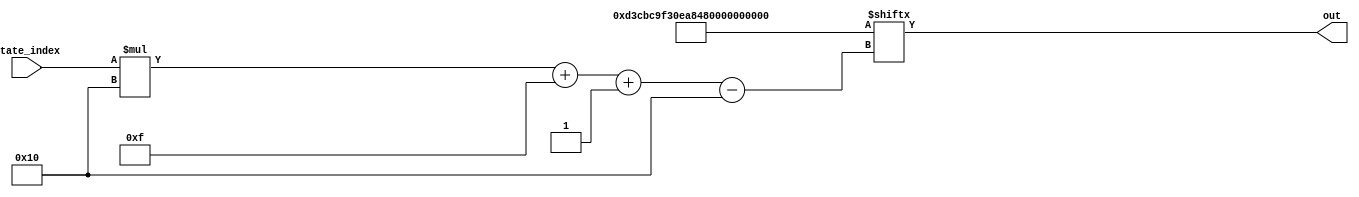
/*
   This file was generated automatically by Alchitry Labs version 1.2.7.
   Do not edit this file directly. Instead edit the original Lucid source.
   This is a temporary file and any changes made to it will be destroyed.
*/

module initial_board_states_9 (
    input [15:0] state_index,
    output reg [15:0] out
  );
  
  
  
  localparam BOARD_STATES = 96'hd3cbc9f30ea84befc9f3be35;
  
  always @* begin
    out = BOARD_STATES[(state_index)*16+15-:16];
  end
endmodule